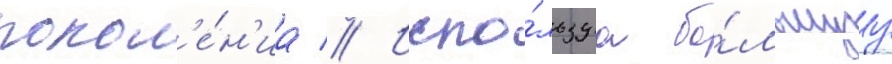
покол'е́н'иа // Испо́льзуа бо́льшуу